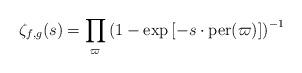
LaTeX: \begin{align*}\zeta_{f,g}(s)=\prod_{\varpi}\left(1-\exp\left[-s\cdot \mathrm{per}(\varpi)\right]\right)^{-1}\end{align*}